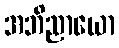
အဘိညာယော